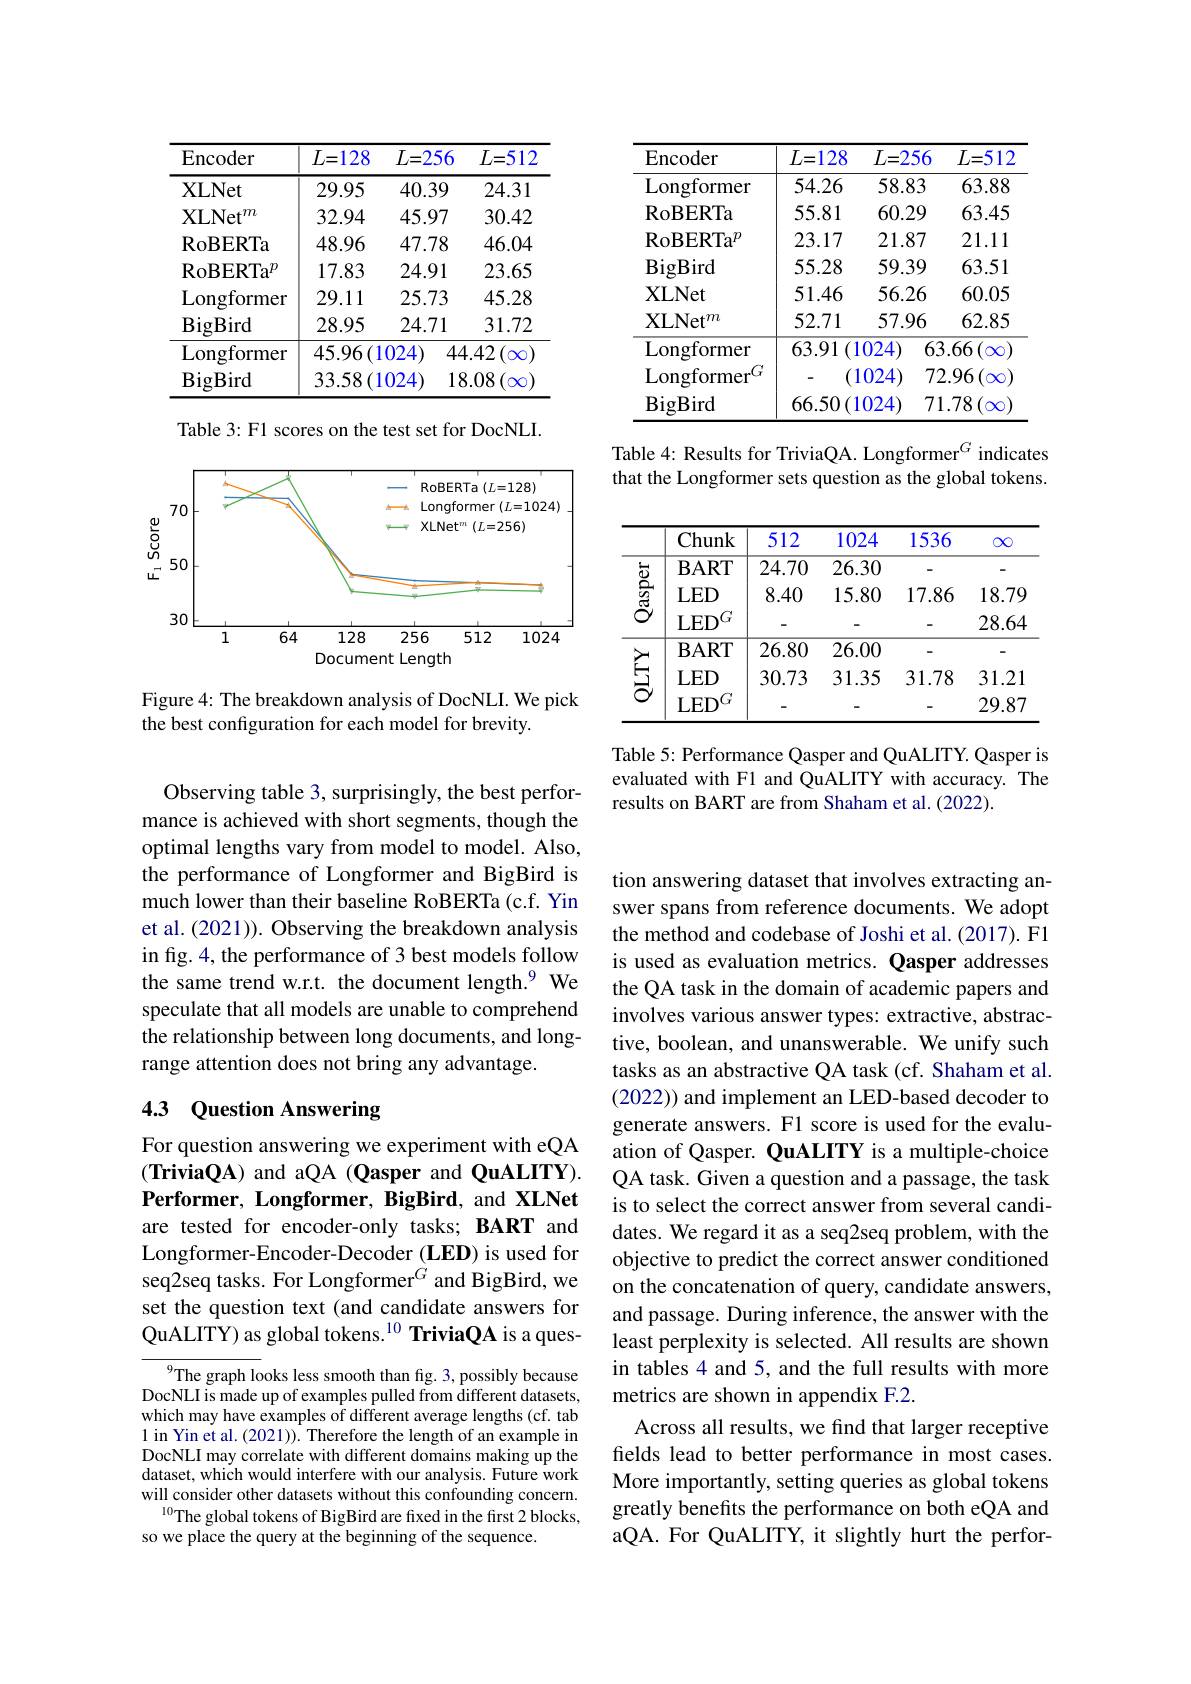
<table>
	<tbody>
		<tr>
			<th>Encoder</th>
			<th>$L{=}128$</th>
			<th>$L=256$</th>
			<th>$L{=}51{:}$</th>
		</tr>
		<tr>
			<td>${\mathrm{XLNet}}$</td>
			<td>29.95</td>
			<td>40.39</td>
			<td>24.31</td>
		</tr>
		<tr>
			<td>$\mathrm{XLNet}^{m}$</td>
			<td>32.94</td>
			<td>45.97</td>
			<td>30.42</td>
		</tr>
		<tr>
			<td>RoBERTa</td>
			<td>48.96</td>
			<td>47.78</td>
			<td>46.04</td>
		</tr>
		<tr>
			<td>$\mathrm{RoBERTa}^{p}$</td>
			<td>17.83</td>
			<td>24.91</td>
			<td>23.65</td>
		</tr>
		<tr>
			<td>Longformer</td>
			<td>29.11</td>
			<td>25.73</td>
			<td>45.28</td>
		</tr>
		<tr>
			<td>BigBird</td>
			<td>28.95</td>
			<td>24.71</td>
			<td>31.72</td>
		</tr>
		<tr>
			<td>Longformer</td>
			<td>$45.96\left(1\right)$</td>
			<td>024) 4.</td>
			<td>$.42\left(\infty\right)$</td>
		</tr>
		<tr>
			<td>$\operatorname{BigBird}$</td>
			<td>$33.58\left(1\right)$</td>
			<td>024) 18</td>
			<td>$\therefore08\left(\infty\right)$</td>
		</tr>
	</tbody>
</table>

Table 3: F1 scores on the test set for DocNLI.

<FigureHere>

Figure 4: The breakdown analysis of DocNLI. We pick
the best configuration for each model for brevity.

Observing table 3, surprisingly, the best performance is achieved with short segments, though the optimal lengths vary from model to model. Also, the performance of Longformer and BigBird is much lower than their baseline RoBERTa (c.f. Yin et al. (2021)). Observing the breakdown analysis in fig. 4, the performance of 3 best models follow the same trend w.r.t. the document length.$^{9}$ We speculate that all models are unable to comprehend the relationship between long documents, and longrange attention does not bring any advantage.

## 4.3 Question Answering

For question answering we experiment with eQA (TriviaQA) and aQA (Qasper and QuALITY). $\textbf{Performer, Longformer, BigBird, and XLNet}$ are tested for encoder-only tasks; BART and Longformer-Encoder-Decoder (LED) is used for seq2seq tasks. For Longformer$^{G}$ and BigBird, we set the question text (and candidate answers for QuALITY) as global tokens.$^{10}$ TriviaQA is a ques-

${^{9}}$The graph looks less smooth than fig. 3, possibly because DocNLI is made up of examples pulled from different datasets, which may have examples of different average lengths (cf. tab 1 in Yin et al. (2021)). Therefore the length of an example in DocNLI may correlate with different domains making up the dataset, which would interfere with our analysis. Future work will consider other datasets without this confounding concern. $^{10}$The global tokens of BigBird are fixed in the first 2 blocks, so we place the query at the beginning of the sequence.

<table>
	<tbody>
		<tr>
			<th>Encoder</th>
			<th>$L{=}128$</th>
			<th>$L=256$</th>
			<th>$L{=}512$</th>
		</tr>
		<tr>
			<td>Longformer</td>
			<td>54.26</td>
			<td>58.83</td>
			<td>63.88</td>
		</tr>
		<tr>
			<td>RoBERTa</td>
			<td>55.81</td>
			<td>60.29</td>
			<td>63.45</td>
		</tr>
		<tr>
			<td>$\mathrm{RoBERTa}^{p}$</td>
			<td>23.17</td>
			<td>21.87</td>
			<td>21.11</td>
		</tr>
		<tr>
			<td>$\operatorname{BigBird}$</td>
			<td>55.28</td>
			<td>59.39</td>
			<td>63.51</td>
		</tr>
		<tr>
			<td>$\mathbf{XLNet}$</td>
			<td>51.46</td>
			<td>56.26</td>
			<td>60.05</td>
		</tr>
		<tr>
			<td>$\mathrm{XLNet}^{m}$</td>
			<td>52.71</td>
			<td>57.96</td>
			<td>62.85</td>
		</tr>
		<tr>
			<td>Longformer</td>
			<td>63.91 .(1</td>
			<td>024 63</td>
			<td>$.66\left(\infty\right)$</td>
		</tr>
		<tr>
			<td>$\mathrm{Longformer}^{(\mathrm{c})}$ $.(x)$</td>
			<td>(1</td>
			<td>72 024</td>
			<td>$\therefore96\left(\infty\right)$</td>
		</tr>
		<tr>
			<td>$\operatorname{BigBird}$</td>
			<td>$66.50\left(1\right)$</td>
			<td>024 71</td>
			<td>$.78\left(\infty\right)$</td>
		</tr>
	</tbody>
</table>

Table 4: Results for TriviaQA. Longformer$^{G}$ indicates that the Longformer sets question as the global tokens.

<table>
	<tbody>
		<tr>
			<th> </th>
			<th>Chunk</th>
			<th>512</th>
			<th>1024</th>
			<th>1536</th>
			<th>00</th>
		</tr>
		<tr>
			<td>$ప్ర$</td>
			<td>$\mathbf{BART}$</td>
			<td>24.70</td>
			<td>26.30</td>
			<td>-</td>
			<td>-</td>
		</tr>
		<tr>
			<td>$స్రా$</td>
			<td>$LED$</td>
			<td>8.40</td>
			<td>15.80</td>
			<td>17.86</td>
			<td>18.79</td>
		</tr>
		<tr>
			<td>-</td>
			<td>$\mathbf{BART}$</td>
			<td>26.80</td>
			<td>26.00</td>
			<td> </td>
			<td>-</td>
		</tr>
		<tr>
			<td>T $\Upsilon$</td>
			<td>$LED$</td>
			<td>30.73</td>
			<td>31.35</td>
			<td>31.78</td>
			<td>31.21</td>
		</tr>
		<tr>
			<td> </td>
			<td>I. E$D^{G}$</td>
			<td> </td>
			<td> </td>
			<td>-</td>
			<td>29.87</td>
		</tr>
	</tbody>
</table>

Table 5: Performance Qasper and QuALITY. Qasper is evaluated with F1 and QuALITY with accuracy. The results on BART are from Shaham et al. (2022).

tion answering dataset that involves extracting answer spans from reference documents. We adopt the method and codebase of Joshi et al. (2017). F1 is used as evaluation metrics. Qasper addresses the QA task in the domain of academic papers and involves various answer types: extractive, abstractive, boolean, and unanswerable. We unify such tasks as an abstractive QA task (cf. Shaham et al. (2022)) and implement an LED-based decoder to generate answers. F1 score is used for the evaluation of Qasper. QuALITY is a multiple-choice QA task. Given a question and a passage, the task is to select the correct answer from several candidates. We regard it as a seq2seq problem, with the objective to predict the correct answer conditioned on the concatenation of query, candidate answers, and passage. During inference, the answer with the least perplexity is selected. All results are shown in tables 4 and 5, and the full results with more metrics are shown in appendix F.2.
Across all results, we find that larger receptive felds lead to better performance in most cases. More importantly, setting queries as global tokens greatly benefits the performance on both eQA and aQA. For QuALITY, it slightly hurt the perfor-